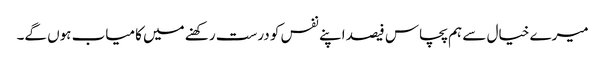
میرے خیال سے ہم پچاس فیصد اپنے نفس کو درست رکھنے میں کامیاب ہوں گے۔